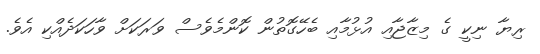
ރިޔާ ނިކީ ގެ މިޒާޖާއި އުޅުމާއި ބެހޭގޮތުން ކޮންމެވެސް ވަރަކަށް ވާހަކަދެއްކި އެވެ.